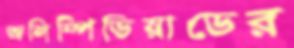
অলিম্পিডিয়াডের